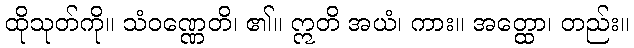
ထိုသုတ်ကို။ သံဝဏ္ဏေတိ၊ ၏။ ဣတိ အယံ၊ ကား။ အတ္ထော၊ တည်း။